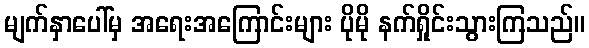
မျက်နှာပေါ်မှ အရေးအကြောင်းများ ပိုမို နက်ရှိုင်းသွားကြသည်။